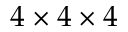
4 \times 4 \times 4